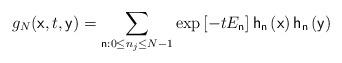
LaTeX: \begin{align*}g_{N}(\mathsf{x},t,\mathsf{y})=\sum_{\mathsf{n}:0\leq n_{j}\leq N-1}\exp \left[ -tE_{\mathsf{n}}\right] \mathsf{h}_{\mathsf{n}}\left( \mathsf{x}\right) \mathsf{h}_{\mathsf{n}}\left( \mathsf{y}\right)\end{align*}